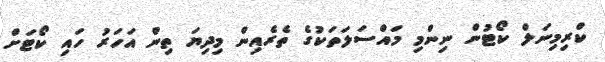
ކްރިމިނަލް ކޯޓުން ނިންމި މައްސަލަތަކުގެ ތެރެއިން މިދިޔަ ތިން އަހަރު ހައި ކޯޓަށް